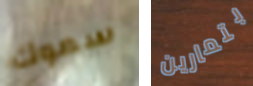
سموك بتمارين